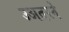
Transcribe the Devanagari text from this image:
उअतरने